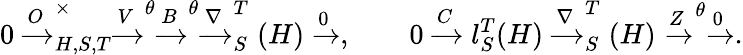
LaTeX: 0\xrightarrow[]O_{H,S,T}^{\times}\xrightarrow[]V^{\theta}\xrightarrow[]B^{\theta}\xrightarrow[]\nabla_{S}^{T}(H)\xrightarrow[]0,\qquad 0\xrightarrow[]Cl_{S}^{T}(H)\xrightarrow[]\nabla_{S}^{T}(H)\xrightarrow[]Z^{\theta}\xrightarrow[]0.